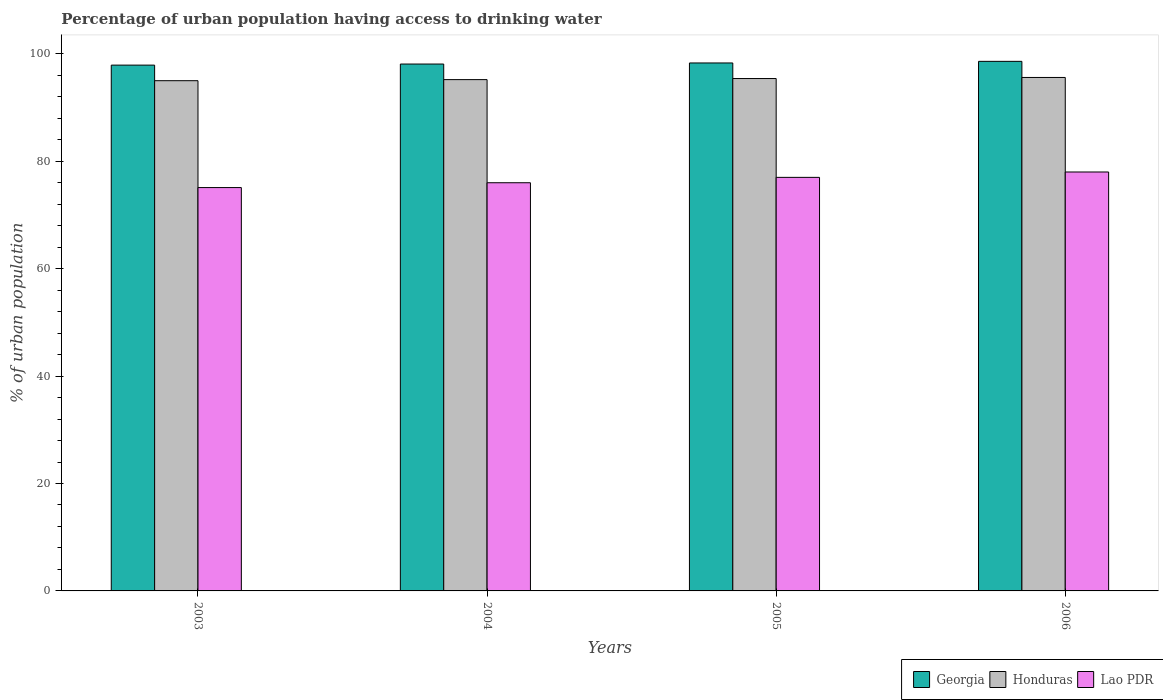
| Years | Georgia | Honduras | Lao PDR |
 | --- | --- | --- | --- |
 | 2003 | 97.9 | 95 | 75.1 |
 | 2004 | 98.1 | 95.2 | 76 |
 | 2005 | 98.3 | 95.4 | 77 |
 | 2006 | 98.6 | 95.6 | 78 |